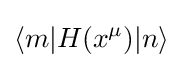
\langle m|H(x^{\mu })|n\rangle